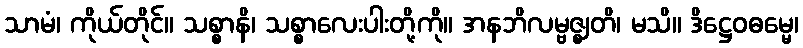
သာမံ၊ ကိုယ်တိုင်။ သစ္စာနိ၊ သစ္စာလေးပါးတို့ကို။ အနဘိလမ္ဗဇ္ဈတိ၊ မသိ။ ဒိဋ္ဌေဝဓမ္မေ၊